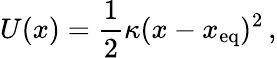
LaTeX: U(x)=\frac{1}{2}\kappa(x-x_{\mathrm{eq}})^{2}\, ,